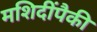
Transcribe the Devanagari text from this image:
मशिदींपैकी